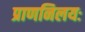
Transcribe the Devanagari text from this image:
प्राणनिलयः